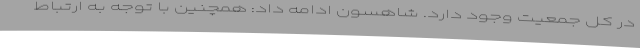
در کل جمعیت وجود دارد. شاهسون ادامه داد: همچنین با توجه به ارتباط